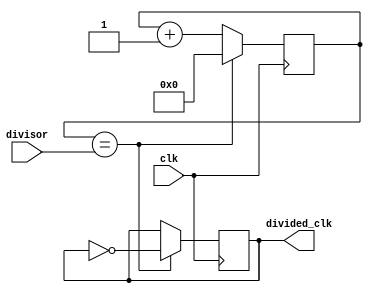
module clock_divider(
    input wire clk,
    input wire [7:0] divisor,
    output reg divided_clk
);

reg [7:0] count;

always @(posedge clk) begin
    if(count == divisor) begin
        count <= 0;
        divided_clk <= ~divided_clk;
    end else begin
        count <= count + 1;
    end
end

endmodule